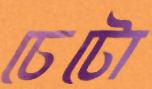
চেটো